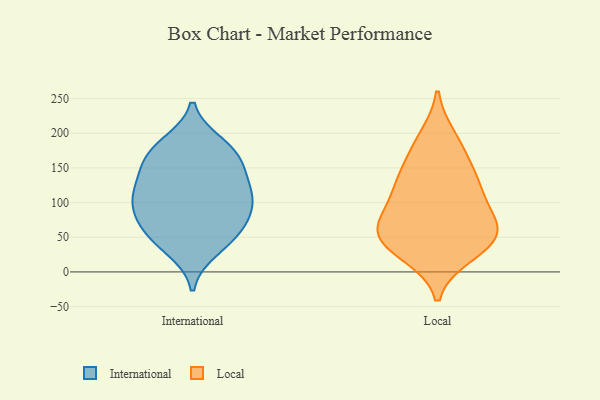
{"axis": {"x": "Waste Production (Tons)", "y": "Value"}, "legend": ["International", "Local"], "data": [{"x": "", "y": 102, "type": "International"}, {"x": "", "y": 99, "type": "International"}, {"x": "", "y": 184, "type": "International"}, {"x": "", "y": 134, "type": "International"}, {"x": "", "y": 171, "type": "International"}, {"x": "", "y": 174, "type": "International"}, {"x": "", "y": 95, "type": "International"}, {"x": "", "y": 33, "type": "International"}, {"x": "", "y": 54, "type": "International"}, {"x": "", "y": 52, "type": "International"}, {"x": "", "y": 162, "type": "International"}, {"x": "", "y": 61, "type": "International"}, {"x": "", "y": 88, "type": "International"}, {"x": "", "y": 136, "type": "International"}, {"x": "", "y": 118, "type": "International"}, {"x": "", "y": 60, "type": "Local"}, {"x": "", "y": 58, "type": "Local"}, {"x": "", "y": 141, "type": "Local"}, {"x": "", "y": 64, "type": "Local"}, {"x": "", "y": 26, "type": "Local"}, {"x": "", "y": 112, "type": "Local"}, {"x": "", "y": 87, "type": "Local"}, {"x": "", "y": 62, "type": "Local"}, {"x": "", "y": 193, "type": "Local"}, {"x": "", "y": 179, "type": "Local"}, {"x": "", "y": 37, "type": "Local"}, {"x": "", "y": 38, "type": "Local"}, {"x": "", "y": 137, "type": "Local"}, {"x": "", "y": 119, "type": "Local"}]}